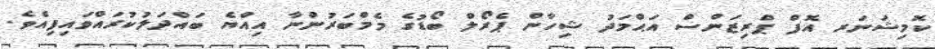
ކޮމިޝަނަރ އޮފް ޕްރިޒަންސް އަޙްމަދު ޝިހާން ޕެރޯލް ބޯޑުގެ މެމްބަރުންނާ އިއްޔެ ބައްދަލުކުރައްވައިފިއެވެ.